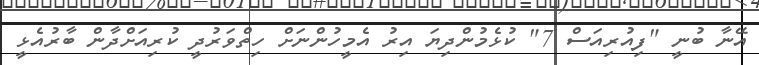
އޭނާ ބުނީ "ފިއުރިއަސް 7" ކުޅެމުންދިޔަ އިރު އެމީހުންނަށް ހިތްވަރުދީ ކުރިއަށްދާން ބާރުއެޅީ